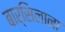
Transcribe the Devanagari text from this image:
बार्सिलाना